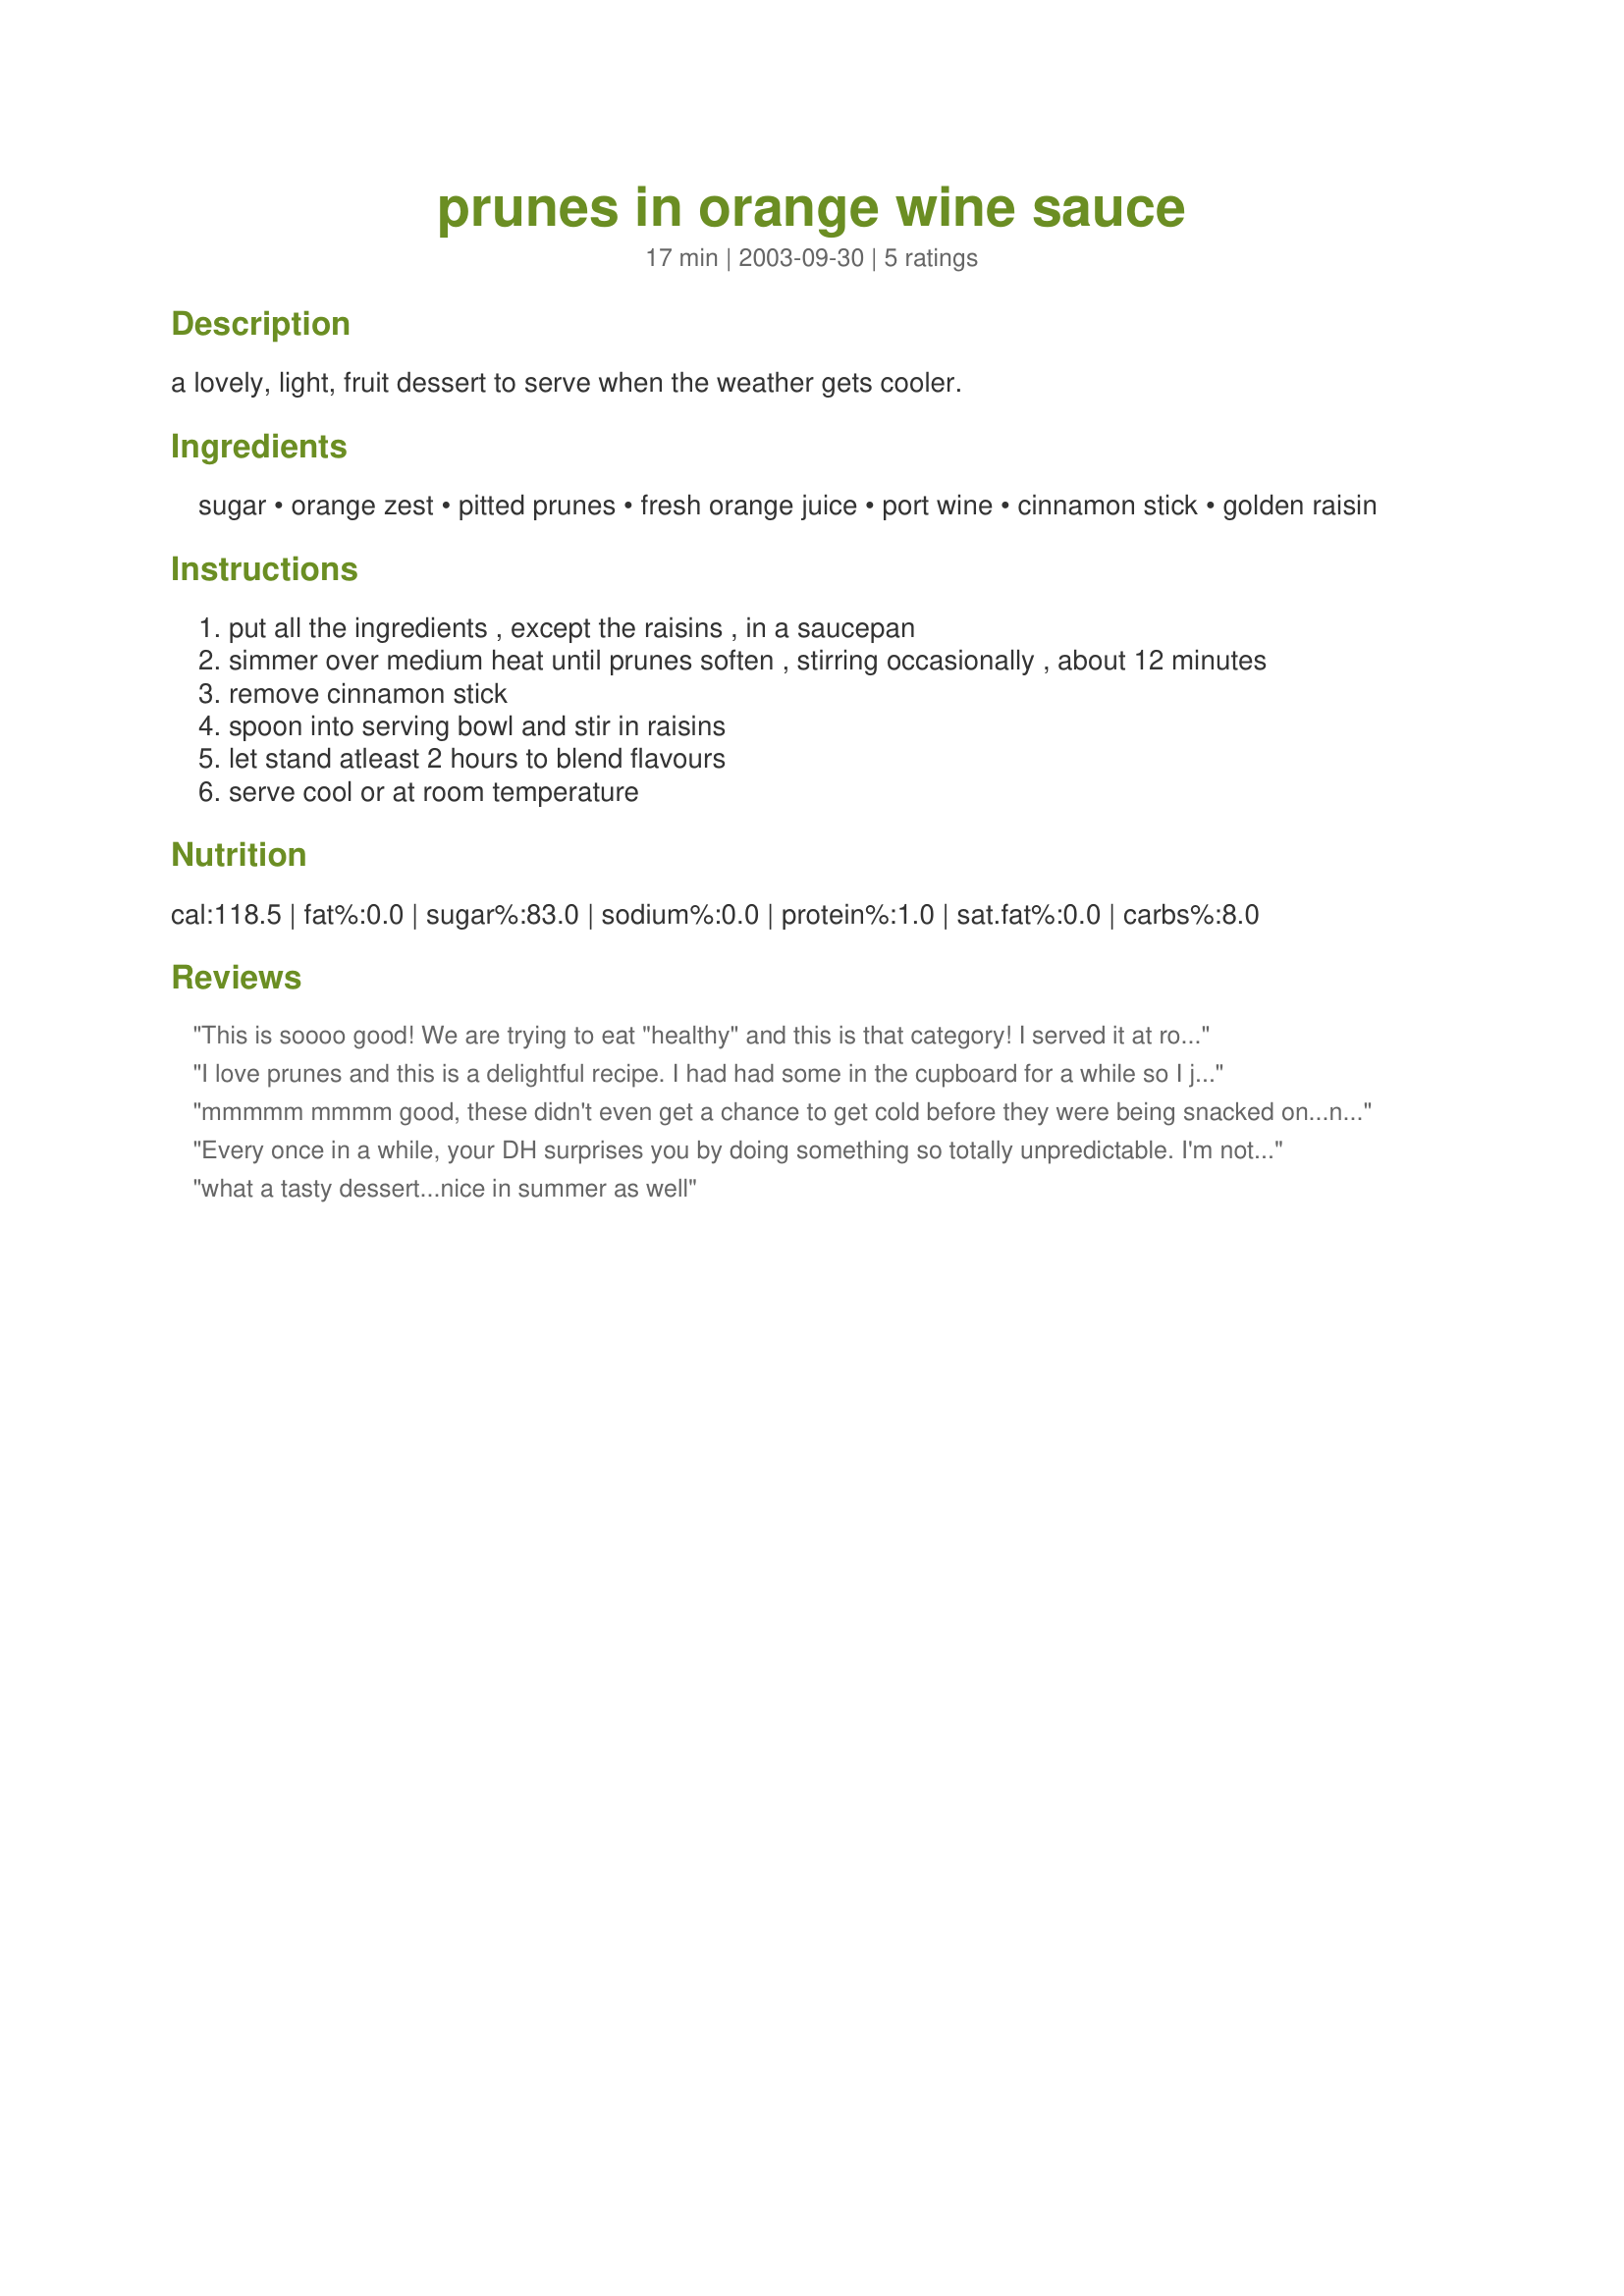
prunes in orange wine sauce
Preparation time: 17 minutes

a lovely, light, fruit dessert to serve when the weather gets cooler.

Ingredients:
sugar, orange zest, pitted prunes, fresh orange juice, port wine, cinnamon stick, golden raisin

Steps:
put all the ingredients , except the raisins , in a saucepan
simmer over medium heat until prunes soften , stirring occasionally , about 12 minutes
remove cinnamon stick
spoon into serving bowl and stir in raisins
let stand atleast 2 hours to blend flavours
serve cool or at room temperature

Reviews:
This is soooo good! We are trying to eat "healthy" and this is that category! I served it at room temperature and we really liked it. Thanks for a keeper.
I love prunes and this is a delightful recipe. I had had some in the cupboard for a while so I just did a search and came up with this recipe. I used Maderia wine instead of Port. Love the cinnamon and I used fresh orange juice as called for. Definately a do again - Thanks Evelyn
mmmmm mmmm good, these didn't even get a chance to get cold before they were being snacked on...now what are we going to have with our dinner? You just really gotta try these, they are keepers for sure.
Every once in a while, your DH surprises you by doing something so totally unpredictable. I'm not sure why, but I was prepared for him not to like this dish much. I was so wrong! I found it a little too sweet, but he devoured it w/gusto! I took a pic, but it doesn't begin to compare w/the 1 you already have. Thx Ev. — Jun 5, 2006
what a tasty dessert...nice in summer as well
